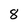
Character: 8